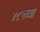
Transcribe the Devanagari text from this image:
४८५च्या